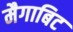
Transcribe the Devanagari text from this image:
मैगाबिट